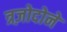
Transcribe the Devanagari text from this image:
त्रज़ोदोने